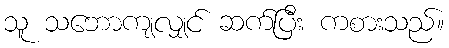
သူ သဘောကျလျှင် ဆက်ပြီး ကစားသည်။